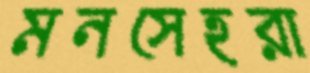
মনসেহরা